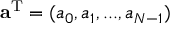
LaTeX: { \bf a } ^ { \mathrm { T } } = ( a _ { 0 } , a _ { 1 } , . . . , a _ { { \cal N } - 1 } )